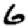
Digit: 6